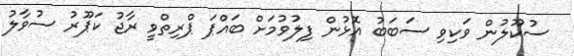
ސުކޫލުން ވަކިވި ސަބަބު އޮޅުން ފިލުވުމަށް ބައްޕަ ޕްރިތްވީ ރާޖު ކަޕޫރު ސުވާލު